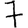
Digit: 7